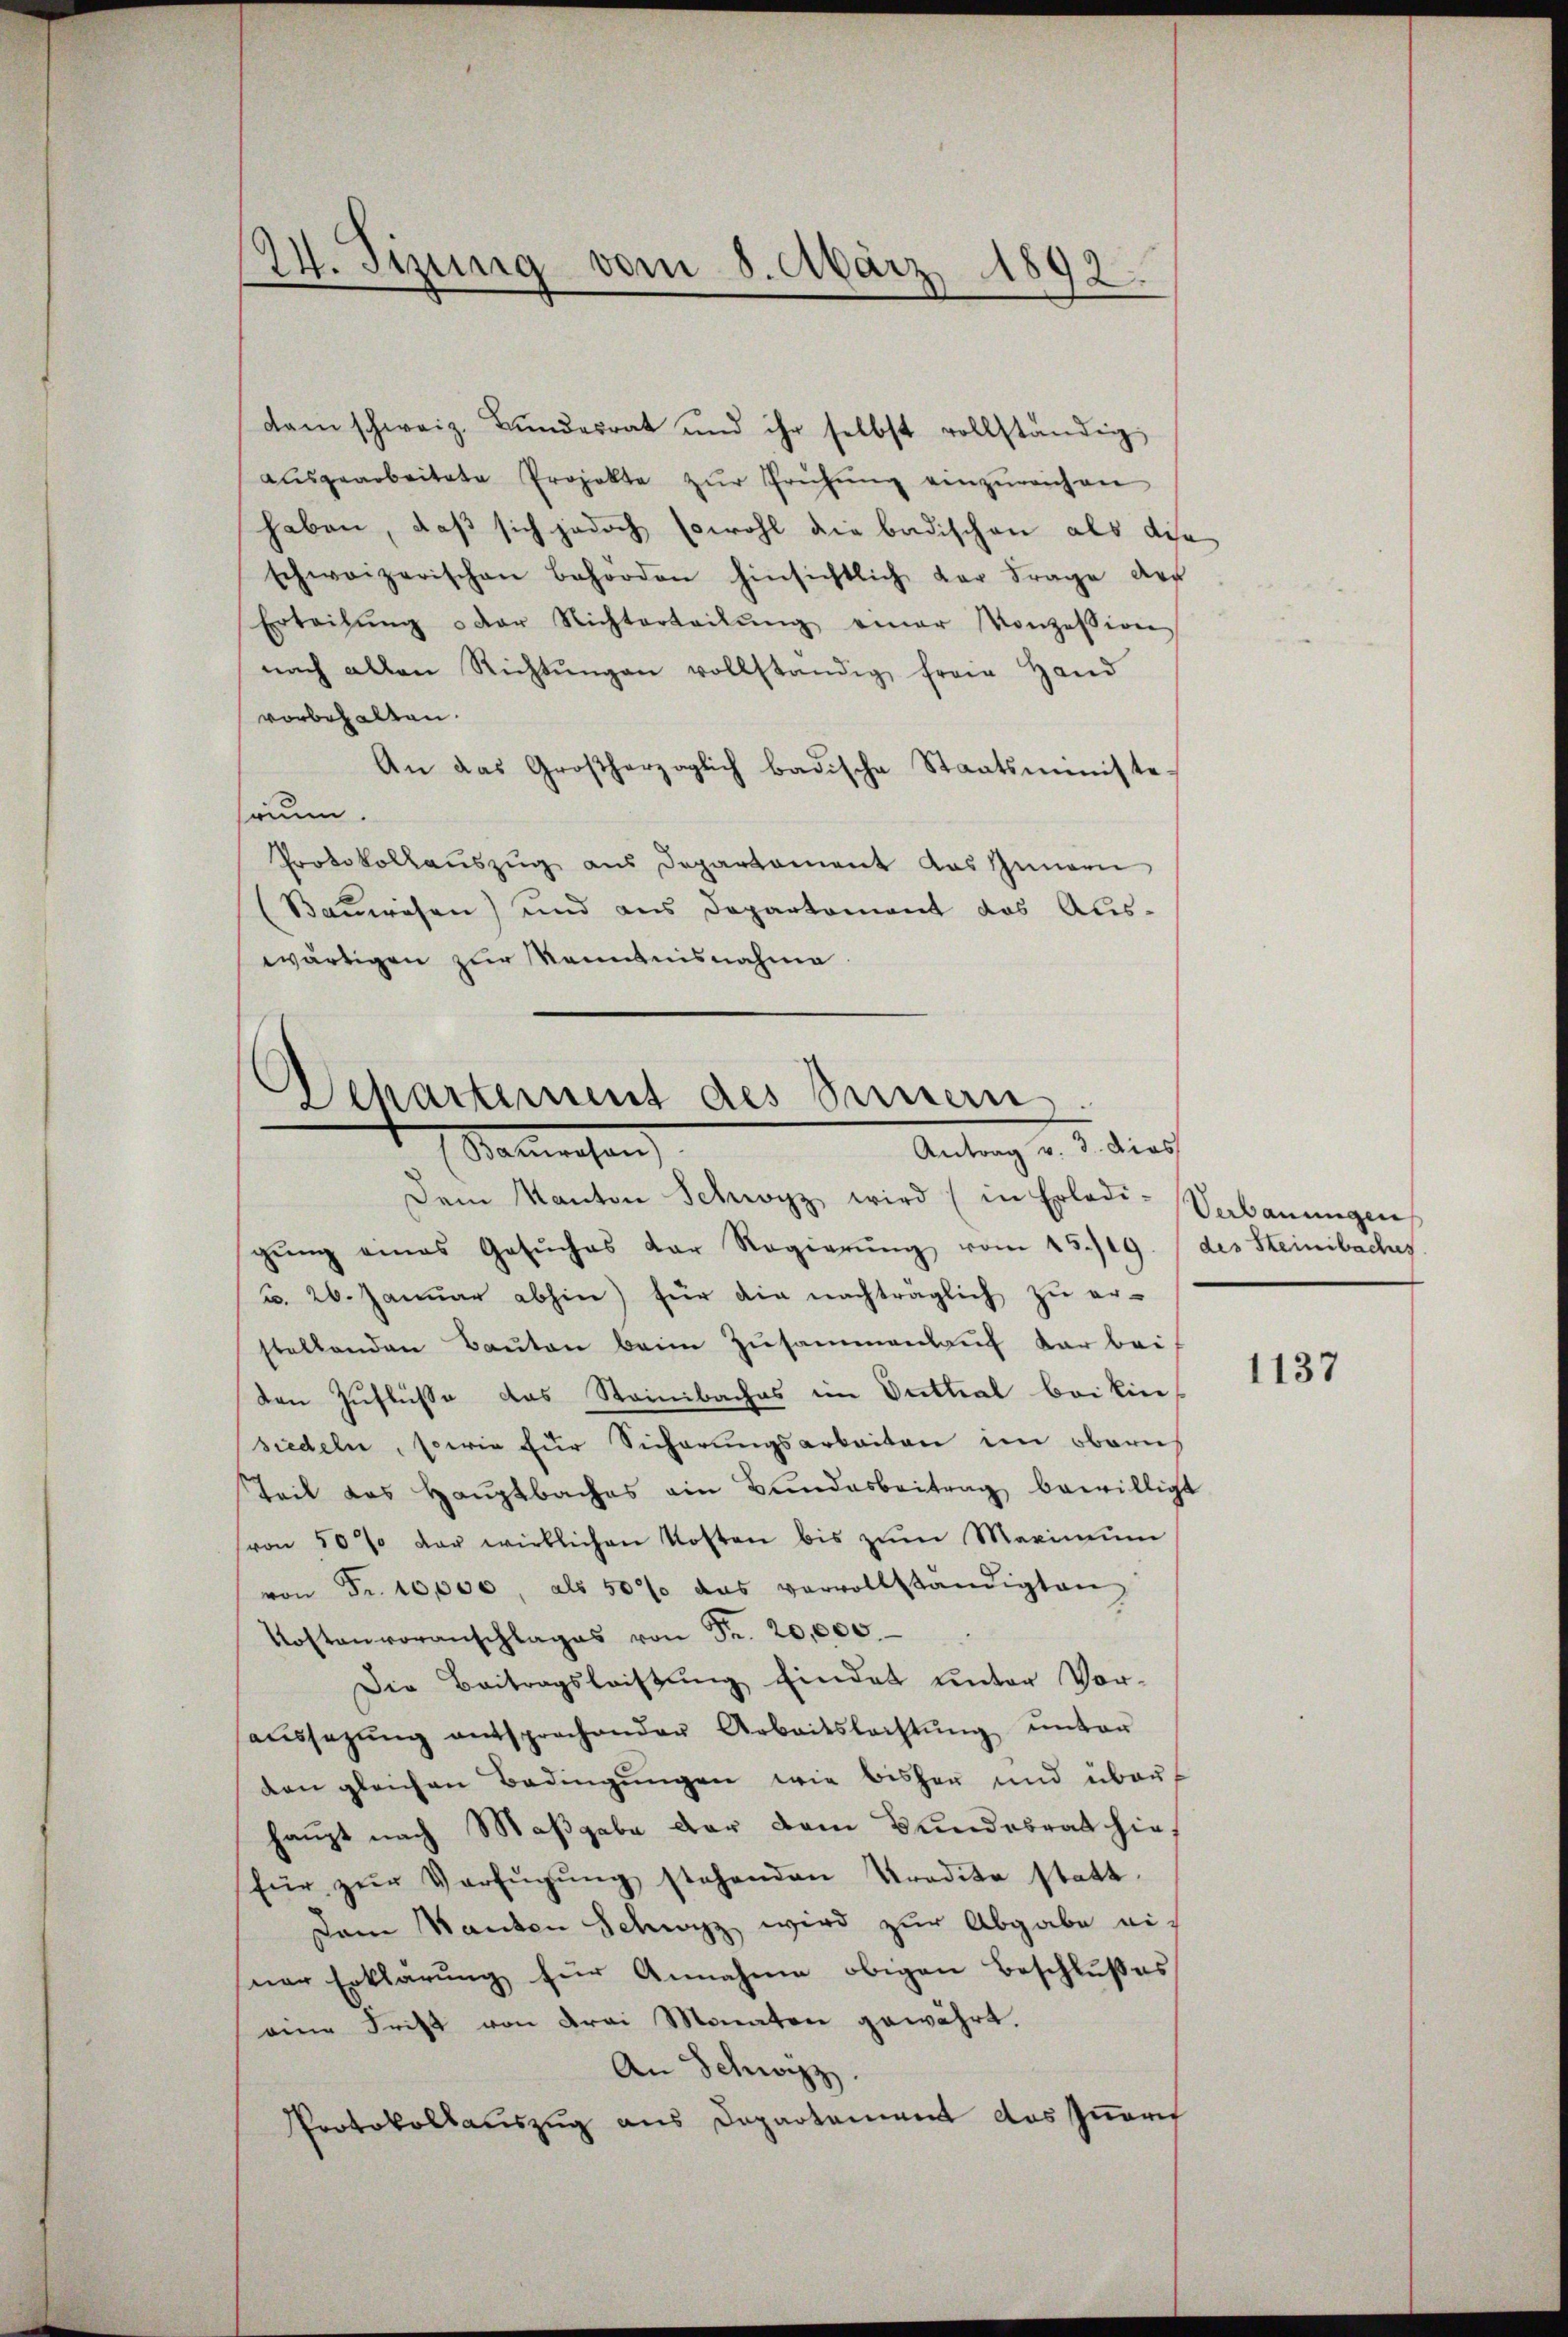
2. Tizung vom 8. März 1892.
n

dam schweiz. Bŭndesrat und ihr selbst vollständig,
aŭsgearbeitete Projekte zŭr Prühŭng einzŭreichen
haben, daß sich jedoch sowohl die badischen als die
schweizerischen Behörden hinsichtlich der Frage der
Erteilŭng oder Nichterteilŭng einer Konzession
nach allen Richtŭngen vollständig freie Hand
vorbehalten.
An das Großherzoglich badische Staatsministesrin.
Protokollauszug aus Departament das Innern
Bauwesen) und aus Departement das Auswärtigen zur Kenntnisnahme.

.
Departement des Sinnern
Antrag v. 3. dies
Satwesen

Dem Kanton Schwyz wird (in Erledi-Verbauungen
gŭng eines Gesŭches der Regierŭng vom 15./19. / des Steinbaches
u. 26. Januar abhin) für die nachträglich zu erstellenden Baŭten beim Zusammenlauf dar bei
den Zuflüsse das Steinbaches im Duttial bei Ein-
siedeln, sowie für Sicherungsarbeiten im obern
Teil das Haŭptbaches ein Bŭndesbeitrag bewilligt
(von 50% der wirklichen Kosten bis zŭm Maximŭm
von Fr. 10,000, als 50% das vervollständigten
Kostenvoranschlages von Fr. 20,000.
Die Beitragsleistung findet unter Vor-
aŭssezŭng entsprechender Arbeitslachtŭng ŭnter
den gleichen Bedingŭngen wie bisher und über-
haupt nach Maßgabe der dem Bundesrat hiefür zŭr Verfügŭng stehenden Tradita statt.
Dem Bauten Schwyz wird zur Abgabe ei-
ner Erklärung für Annahme obigen Beschlußes
eine Frist von drei Monaten gewährt.
An Schwyzz
Protokollauszug aus Departement das Innerif

1137